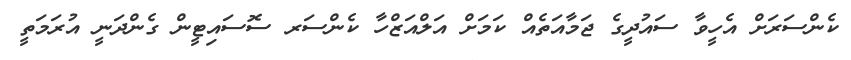
ކެންސަރަށް އެހީވާ ސައުދީގެ ޖަމާއަތެއް ކަމަށް އަލްއަޒްހާ ކެންސަރ ސޮސައިޓީން ގެންދަނީ އުރަމަތީ